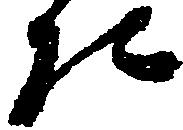
た